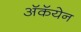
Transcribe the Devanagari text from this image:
अॅकॅयेन